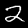
Digit: 2